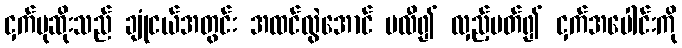
ငှက်မုဆိုးသည် ချုံငယ်အတွင်း အထင်လွဲအောင် ပလီ၍ လှည့်ပတ်၍ ငှက်အပေါင်းကို